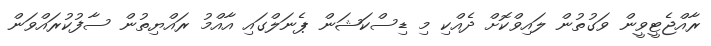
ރާއްޖެޓީވީން ވަގުތުން ލައިވްކޮށް ދެއްކި މި ޑިސްކަޝަން ޕެނަލްގައި އާއްމު ރައްޔިތުން ސާފުކުރައްވަން